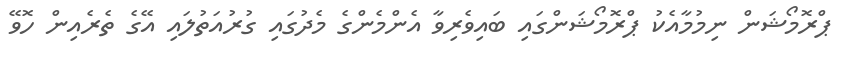
ޕްރޮމޯޝަން ނިމުމާއެކު ޕްރޮމޯޝަންގައި ބައިވެރިވާ އެންމެންގެ މެދުގައި ގުރުއަތުލައި އޭގެ ތެރެއިން ހޮވޭ